Statistical return of the lunatic asylum in Assam - 1912-1932
Year: 1912
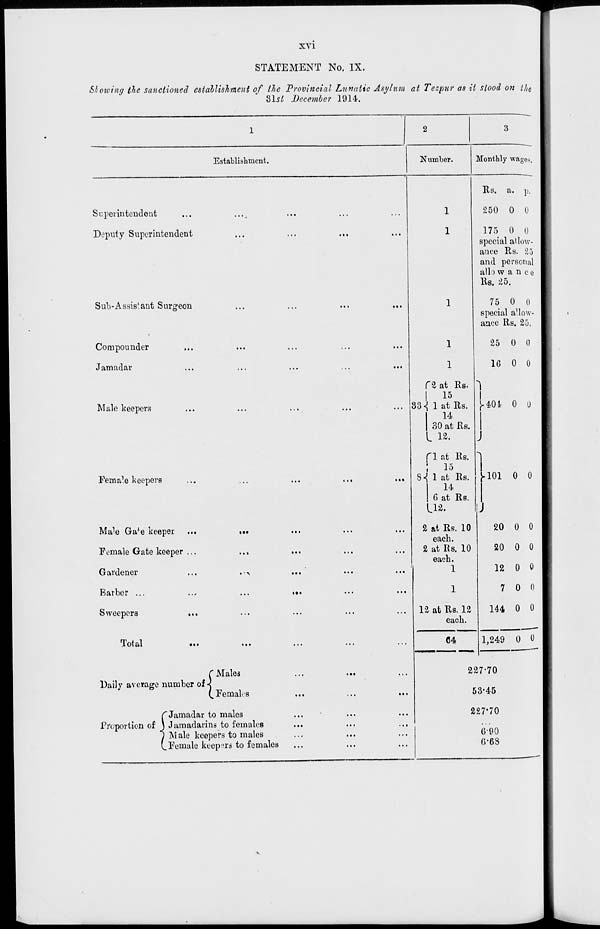
XVI
STATEMENT No. IX.
Showing the sanctioned establishment of the Provincial Lunatic Asylum at Tezpur as it stood on th e
3Isl December 1914.
Establishment.
Monthly wages.
Superintendent
Deputy Superintendent
Sub-Assistant Surgeon
Compounder
Jamadar
Male keepers
Fema 1^ keepers
• ->
Male Ga*e keeper
Female Gate keeper .
Gardener
Barber ...
Sweepers
.
Total
C Males
Daily average number of <
(^ Females
C Jamadar to males
Proportion of \ Jamadaiins to females
J Male keepers to males
(.Female keepers to females
1
1
1
1
f 2 at Rs.
|
15
33 -j 1 at Rs.
14
80 at Rs.
. 12.
f 1 at Rs.
;
15
8-j 1 at Rs.
14
6 at Rs.
,12.
& at Rs. 10
each.
2 at Rs. 10
each.
1
12 at Rs. 12
each.
Rs. a. p.
250 0 0
175 0 0
special allow-
ance Rs. 25
and personal
allo w a n c e
Rs. 25.
75 0 ()
special aUow-
ance Rs. 25.
25 0 0
16 0 0
I
}■ 401- o u
1
I
J-101 0 0
64
20 0 0
20 0 0
12 0 0
7 0 0
144 0 0
1,249 0 0
227-70
53-45
227-70
690
6-63